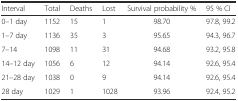
| Interval | Total | Deaths | Lost | Survival probability % | 95 % CI |
 | --- | --- | --- | --- | --- | --- |
 | 0–1 day | 1152 | 15 | 1 | 98.70 | 97.8, 99.2 |
 | 1–7 day | 1136 | 35 | 3 | 95.65 | 94.3, 96.7 |
 | 7–14 | 1098 | 11 | 31 | 94.68 | 93.2, 95.8 |
 | 14–12 day | 1056 | 6 | 12 | 94.14 | 92.6, 95.4 |
 | 21–28 day | 1038 | 0 | 9 | 94.14 | 92.6, 95.4 |
 | 28 day | 1029 | 1 | 1028 | 93.96 | 92.4, 95.2 |